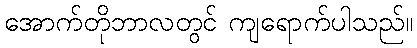
အောက်တိုဘာလတွင် ကျရောက်ပါသည်။